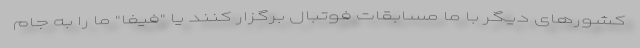
کشورهای دیگر با ما مسابقات فوتبال برگزار کنند یا "فیفا" ما را به جام